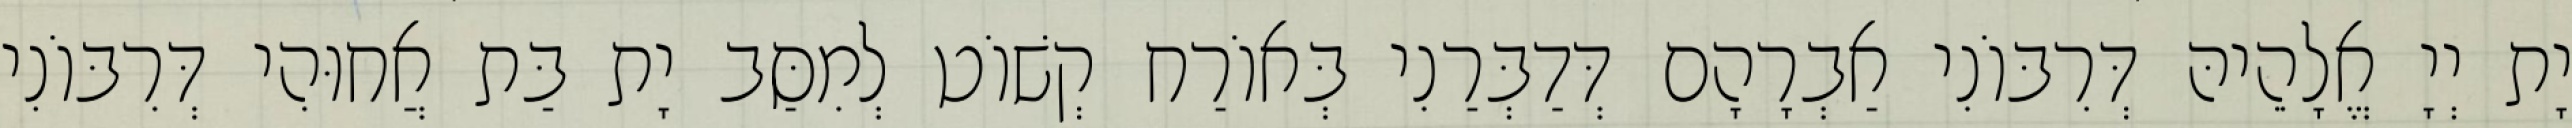
יָת יְיָ אֱלָהֵיהּ דְּרִבּוֹנִי אַבְרָהָם דְּדַבְּרַנִי בְּאוֹרַח קְשׁוֹט לְמִסַּב יָת בַּת אֲחוּהִי דְּרִבּוֹנִי